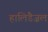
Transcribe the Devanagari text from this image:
हालिडैज़ल